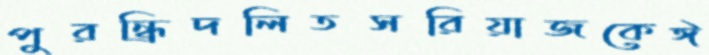
পুরন্ধ্রিদলিতসরিয়াজকেঈ